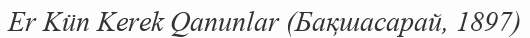
Er Kün Kerek Qanunlar (Бақшасарай, 1897)